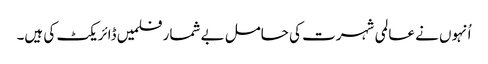
اُنہوں نے عالمی شہرت کی حامل بے شمار فلمیں ڈائریکٹ کی ہیں۔